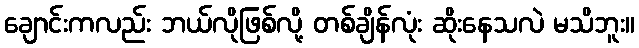
ချောင်းကလည်း ဘယ်လိုဖြစ်လို့ တစ်ချိန်လုံး ဆိုးနေသလဲ မသိဘူး။